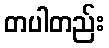
တပါတည်း